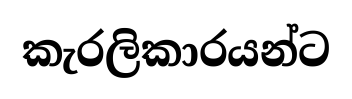
කැරලිකාරයන්ට